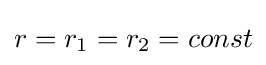
r=r_{1}=r_{2}=const